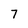
Character: 7